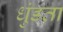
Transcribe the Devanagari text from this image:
धुंडता